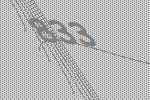
833